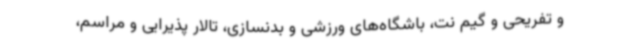
و تفریحی و گیم نت، باشگاه‌های ورزشی و بدنسازی، تالار پذیرایی و مراسم،